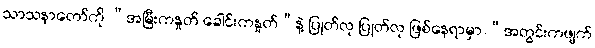
သာသနာတော်ကို “အမြီးကနှုတ် ခေါင်းကနှုတ်”နဲ့ ပြုတ်လု ပြုတ်လု ဖြစ်နေရာမှာ “အတွင်းကဖျက်